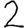
Digit: 2